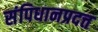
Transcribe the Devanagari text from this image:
संपिधानप्रदत्त